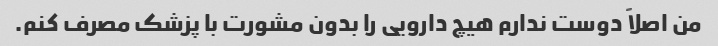
من اصلاً دوست ندارم هیچ دارویی را بدون مشورت با پزشک مصرف کنم.